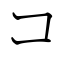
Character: コ